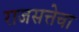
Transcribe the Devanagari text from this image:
राजसत्तेचा